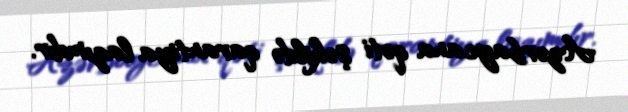
Azərbaycana qəti şəkildə qarantiya lazımdır.